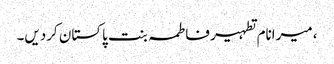
، میرانام تطہیر فاطمہ بنت پاکستان کردیں۔